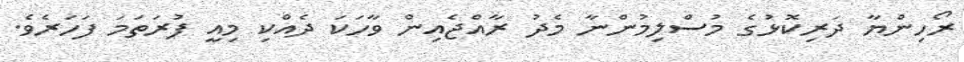
ރޯހިންޔާ ދަރިކޮޅުގެ މުސްލިމުންނާ މެދު ރާއްޖެއިން ވާހަކަ ދެއްކި މިއީ ފުރަތަމަ ފަހަރެވެ.